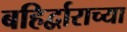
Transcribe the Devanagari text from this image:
बहिर्द्वाराच्या